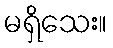
မရှိသေး။